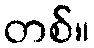
တစ်။